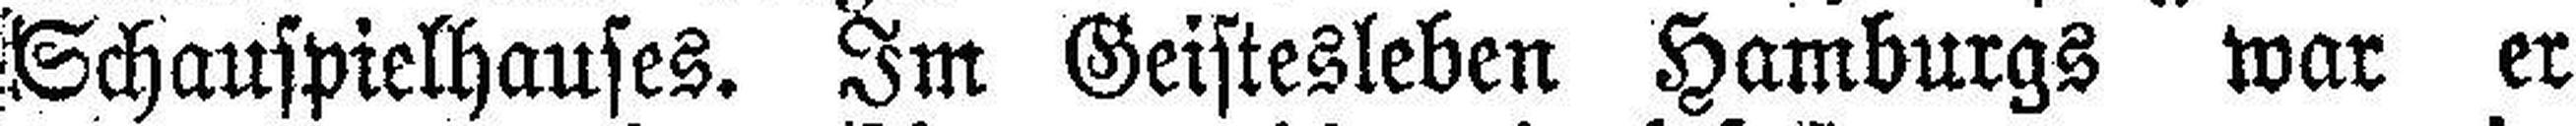
Schauspielhauses. Im Geistesleben Hamburgs war er